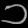
Digit: ၁